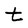
Character: t